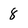
Character: 8